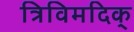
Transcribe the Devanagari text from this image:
त्रिविमदिक्